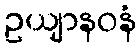
ဥယျာနဝနံ